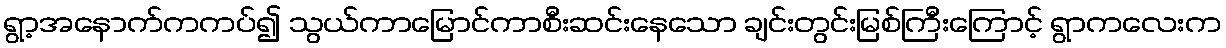
ရွာ့အနောက်ကကပ်၍ သွယ်ကာမြောင်ကာစီးဆင်းနေသော ချင်းတွင်းမြစ်ကြီးကြောင့် ရွာကလေးက